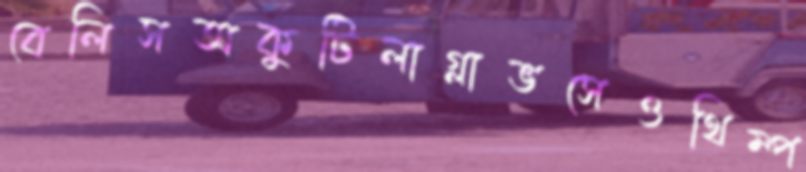
বেলিসঅকুটিলাগ্লাভসেওথিম্প